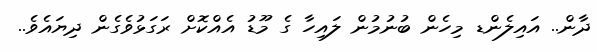
ދާން.. އައިލެންޑ މިހެން ބުނުމުން ލައިހާ ގެ މޫޑު އެއްކޮށް ރަގަޅުވެގެން ދިޔައެވެ..